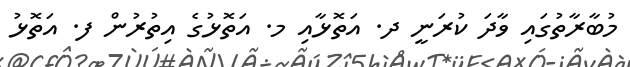
މުބާރާތުގައި ވާދަ ކުރަނީ ދ. އަތޮޅާއި މ. އަތޮޅުގެ އިތުރުން ފ. އަތޮޅު